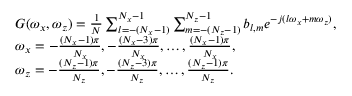
\begin{array} { r l } & { G ( \omega _ { x } , \omega _ { z } ) = \frac { 1 } { N } \sum _ { l = - ( N _ { x } - 1 ) } ^ { N _ { x } - 1 } \sum _ { m = - ( N _ { z } - 1 ) } ^ { N _ { z } - 1 } b _ { l , m } e ^ { - j ( l \omega _ { x } + m \omega _ { z } ) } , } \\ & { \omega _ { x } = - \frac { ( N _ { x } - 1 ) \pi } { N _ { x } } , - \frac { ( N _ { x } - 3 ) \pi } { N _ { x } } , \ldots , \frac { ( N _ { x } - 1 ) \pi } { N _ { x } } , } \\ & { \omega _ { z } = - \frac { ( N _ { z } - 1 ) \pi } { N _ { z } } , - \frac { ( N _ { z } - 3 ) \pi } { N _ { z } } , \ldots , \frac { ( N _ { z } - 1 ) \pi } { N _ { z } } . } \end{array}